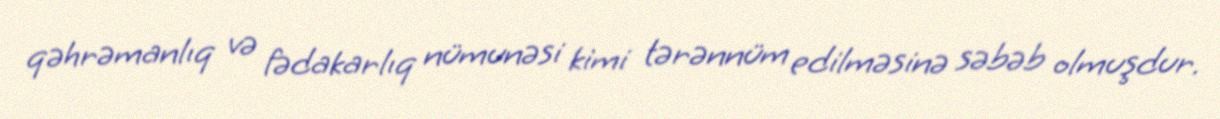
qəhrəmanlıq və fədakarlıq nümunəsi kimi tərənnüm edilməsinə səbəb olmuşdur.